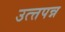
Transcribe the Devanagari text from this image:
उत्त्तपन्न